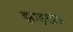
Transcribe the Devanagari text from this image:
झाड़खंड